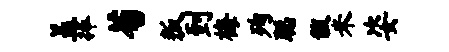
盖捧荀叛到梅殉聪黻米姿